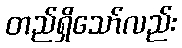
တည်ရှိသော်လည်း